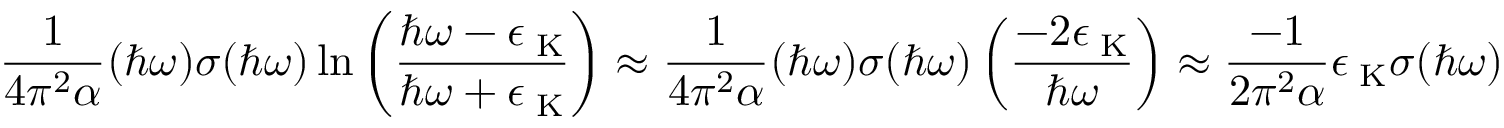
\frac { 1 } { 4 \pi ^ { 2 } \alpha } ( \hbar \omega ) \sigma ( \hbar \omega ) \ln { \left( \frac { \hbar \omega - \epsilon _ { \mathrm { \tiny ~ K } } } { \hbar \omega + \epsilon _ { \mathrm { \tiny ~ K } } } \right) } \approx \frac { 1 } { 4 \pi ^ { 2 } \alpha } ( \hbar \omega ) \sigma ( \hbar \omega ) \left( \frac { - 2 \epsilon _ { \mathrm { \tiny ~ K } } } { \hbar \omega } \right) \approx \frac { - 1 } { 2 \pi ^ { 2 } \alpha } \epsilon _ { \mathrm { \tiny ~ K } } \sigma ( \hbar \omega )